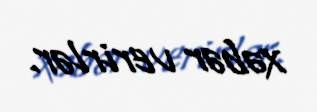
xəbər verirlər.